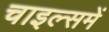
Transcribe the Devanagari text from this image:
चाइल्समें